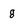
Character: g